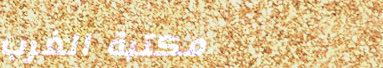
مكتبة الغرب